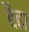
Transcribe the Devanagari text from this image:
बैढा